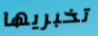
تخبريها